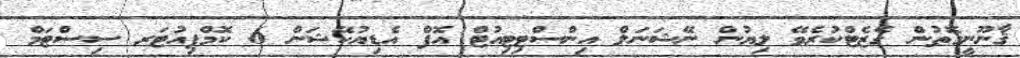
ޤާނޫނީގޮތުން ގެޒެޓްކުރެވޭ ލިޔުން ނޭޝަނަލް އިންސްޓިޓިއުޓް އޮފް އެޑިޔުކޭޝަން 6 ކޮމްޕިއުޓަރ ސިސްޓަމް